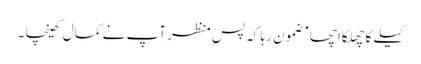
کیلے کا چھلکا اچھا مضمون رہا کہ پس منظر آپ نے کمال کھینچا ۔